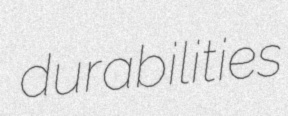
durabilities